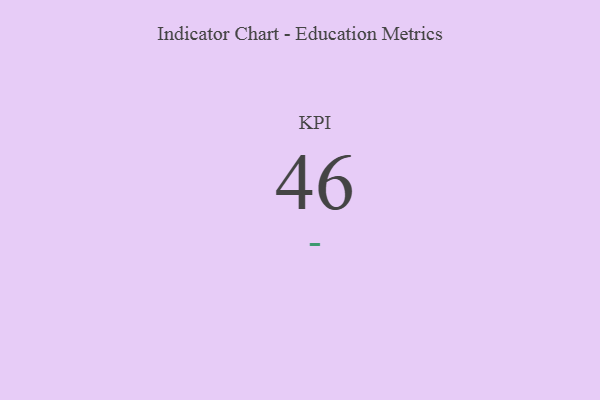
{"axis": {"x": "KPI", "y": "Value"}, "legend": [""], "data": [{"x": "KPI", "y": 46, "type": ""}]}